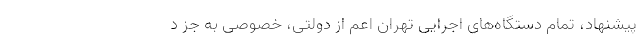
پیشنهاد، تمام دستگاه‌های اجرایی تهران اعم از دولتی، خصوصی به جز د